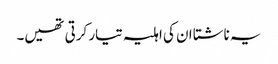
یہ ناشتا ان کی اہلیہ تیار کرتی تھیں۔